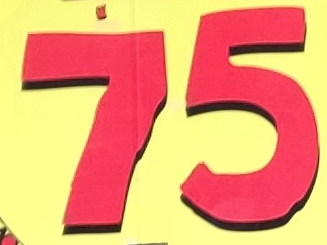
75